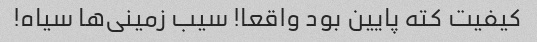
کیفیت کته پایین بود واقعا! سیب زمینی‌ها سیاه!